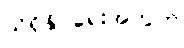
သိရှိနိုင်ရေးအတွက်